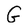
Character: G